Source: Handwritten
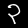
Digit: ၃ (3)